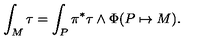
\int _ { M } \tau = \int _ { P } \pi ^ { * } \tau \wedge \Phi ( P \mapsto M ) .